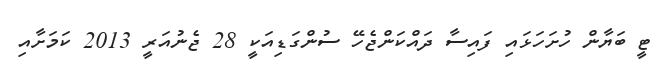
ޓީ ބަޔާން ހުށަހަޅައި ފައިސާ ދައްކަންޖެހޭ ސުންގަޑިއަކީ 28 ޖެނުއަރީ 2013 ކަމަށާއި